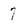
Character: 7